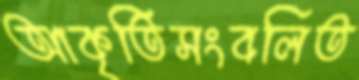
আকৃতিসংবলিত